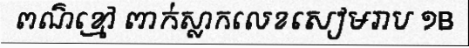
ពណ៌ខ្មៅ ពាក់ស្លាកលេខសៀមរាប ១B